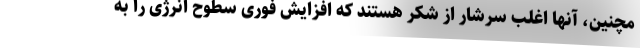
مچنین، آنها اغلب سرشار از شکر هستند که افزایش فوری سطوح انرژی را به